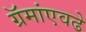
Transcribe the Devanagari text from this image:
ग्रॅमांएवढे